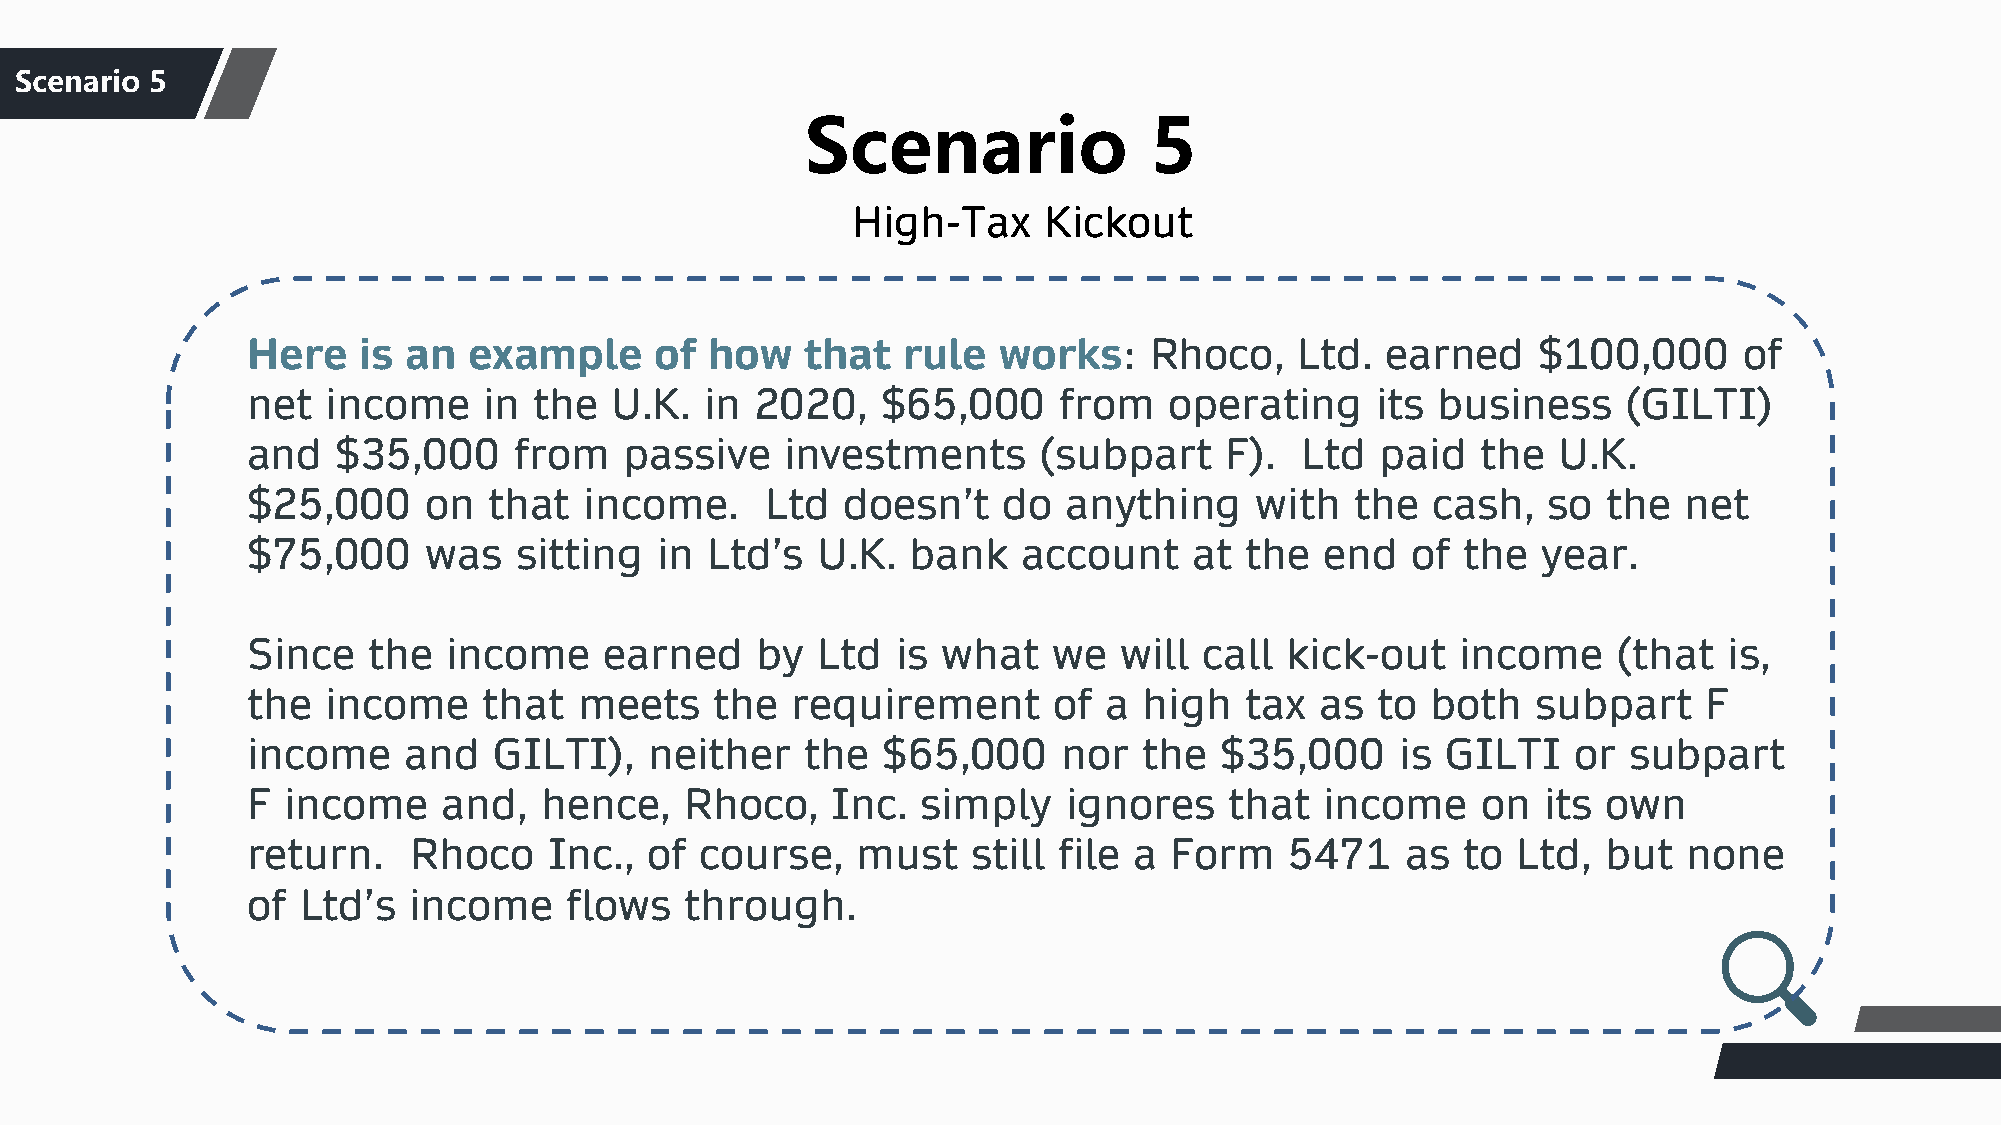
S团ce队nar介io绍 5
 Scenario               5
 High-Tax     Kickout
 Here    is an  example     of  how   that   rule  works:    Rhoco,    Ltd.  earned    $100,000     of
 net   income    in the  U.K.   in 2020,   $65,000     from   operating     its business     (GILTI)
 and   $35,000     from   passive    investments      (subpart    F).  Ltd  paid   the  U.K.
 $25,000     on  that   income.     Ltd  doesn’t   do   anything    with   the  cash,  so  the  net
 $75,000     was   sitting  in  Ltd’s  U.K.  bank    account    at the   end  of  the  year.
 Since   the   income    earned    by  Ltd  is what    we  will  call kick-out    income    (that  is,
 the   income    that  meets    the  requirement       of a  high  tax  as  to  both   subpart    F
 income     and   GILTI),   neither   the  $65,000     nor   the  $35,000     is GILTI   or  subpart
 F  income    and,   hence,   Rhoco,    Inc.  simply    ignores   that   income    on  its own
 return.    Rhoco    Inc.,  of course,    must   still file a  Form   5471    as  to Ltd,  but   none
 of  Ltd’s  income     flows  through.